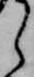
ら